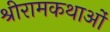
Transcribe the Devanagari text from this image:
श्रीरामकथाओं